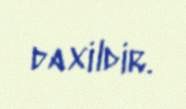
daxildir.